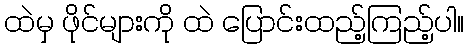
ထဲမှ ဖိုင်များကို ထဲ ပြောင်းထည့်ကြည့်ပါ။